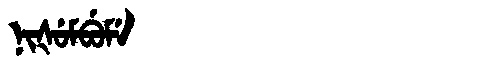
Manchu: ᠨᡳᡧᡠᠮᠪᡠᠮᡝ
Romanization: NIŠUMBUME